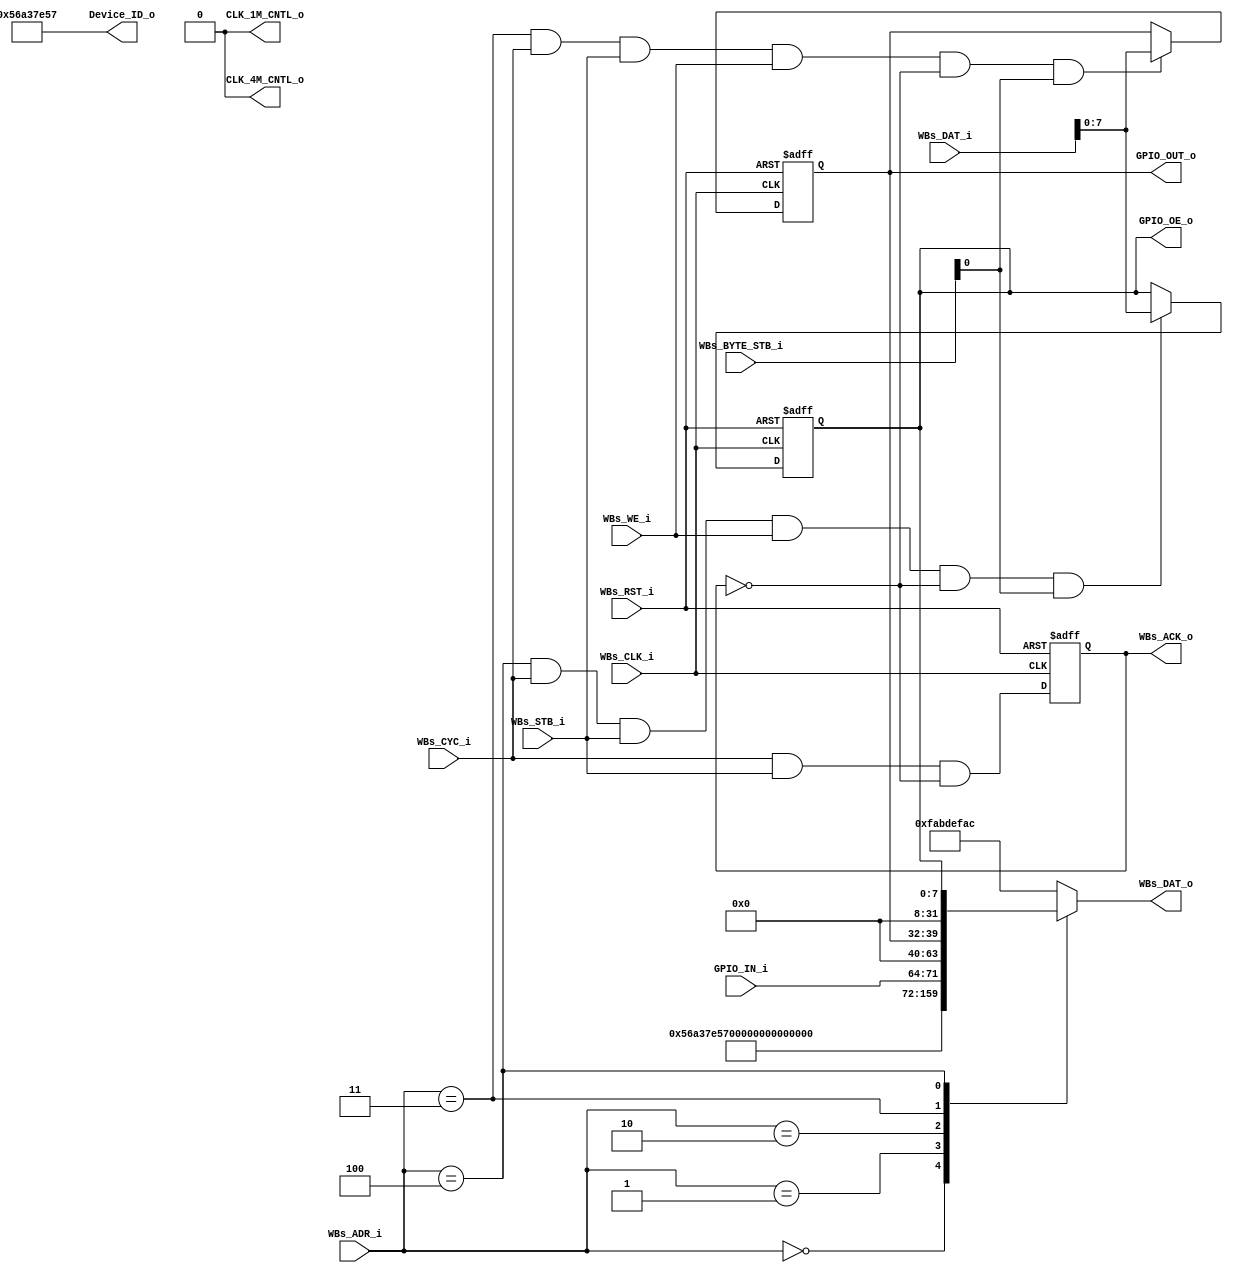
// -----------------------------------------------------------------------------
// title          : AL4S3B Example FPGA Register Module
// project        : Tamar2 Device
// -----------------------------------------------------------------------------
// company        : QuickLogic Corp
// last update    : 2020/05/27
// platform       : ArcticLink 4 S3B
// standard       : Verilog 2001
// -----------------------------------------------------------------------------
// description: The FPGA example IP design contains the essential logic for
//              interfacing the ASSP of the AL4S3B to registers and memory 
//              located in the programmable FPGA.
// -----------------------------------------------------------------------------
// copyright (c) 2016
// -----------------------------------------------------------------------------
// revisions  :
// date            version    author                  description
// 2020/05/27      1.0        Rakesh moolacheri     Initial Release
//
// -----------------------------------------------------------------------------
// Comments: This solution is specifically for use with the QuickLogic
//           AL4S3B device. 
// -----------------------------------------------------------------------------
//

`timescale 1ns / 10ps


module AL4S3B_FPGA_Registers ( 

                         // AHB-To_FPGA Bridge I/F
                         //
                         WBs_ADR_i,
                         WBs_CYC_i,
                         WBs_BYTE_STB_i,
                         WBs_WE_i,
                         WBs_STB_i,
                         WBs_DAT_i,
                         WBs_CLK_i,
                         WBs_RST_i,
                         WBs_DAT_o,
                         WBs_ACK_o,

                         //
                         // Misc
                         //
						 CLK_4M_CNTL_o,
						 CLK_1M_CNTL_o,
                         Device_ID_o,
						 	 
				         GPIO_IN_i,
				         GPIO_OUT_o,
				         GPIO_OE_o

                         );


//------Port Parameters----------------
//

parameter                ADDRWIDTH                   =   7  ;   // Allow for up to 128 registers in the FPGA
parameter                DATAWIDTH                   =  32  ;   // Allow for up to 128 registers in the FPGA

parameter                FPGA_REG_ID_VALUE_ADR     =  7'h0; 
parameter                FPGA_REV_NUM_ADR          =  7'h1; 
parameter                FPGA_GPIO_IN_REG_ADR      =  7'h2; 
parameter                FPGA_GPIO_OUT_REG_ADR     =  7'h3; 
parameter                FPGA_GPIO_OE_REG_ADR      =  7'h4; 

parameter                AL4S3B_DEVICE_ID            = 16'h0;
parameter                AL4S3B_REV_LEVEL            = 32'h0;
parameter                AL4S3B_GPIO_REG             = 8'h0;
parameter                AL4S3B_GPIO_OE_REG          = 8'h0;

parameter                AL4S3B_DEF_REG_VALUE        = 32'hFAB_DEF_AC;


//------Port Signals-------------------
//

// AHB-To_FPGA Bridge I/F
//
input   [ADDRWIDTH-1:0]  WBs_ADR_i     ;  // Address Bus                to   FPGA
input                    WBs_CYC_i     ;  // Cycle Chip Select          to   FPGA
input             [3:0]  WBs_BYTE_STB_i;  // Byte Select                to   FPGA
input                    WBs_WE_i      ;  // Write Enable               to   FPGA
input                    WBs_STB_i     ;  // Strobe Signal              to   FPGA
input   [DATAWIDTH-1:0]  WBs_DAT_i     ;  // Write Data Bus             to   FPGA
input                    WBs_CLK_i     ;  // FPGA Clock               from FPGA
input                    WBs_RST_i     ;  // FPGA Reset               to   FPGA
output  [DATAWIDTH-1:0]  WBs_DAT_o     ;  // Read Data Bus              from FPGA
output                   WBs_ACK_o     ;  // Transfer Cycle Acknowledge from FPGA

//
// Misc
//
output           [31:0]  Device_ID_o   ;

output 					 CLK_4M_CNTL_o;
output 					 CLK_1M_CNTL_o;

// GPIO
//
input            [7:0]  GPIO_IN_i     ;
output           [7:0]  GPIO_OUT_o    ;
output           [7:0]  GPIO_OE_o     ;



// FPGA Global Signals
//
wire                     WBs_CLK_i     ;  // Wishbone FPGA Clock
wire                     WBs_RST_i     ;  // Wishbone FPGA Reset

// Wishbone Bus Signals
//
wire    [ADDRWIDTH-1:0]  WBs_ADR_i     ;  // Wishbone Address Bus
wire                     WBs_CYC_i     ;  // Wishbone Client Cycle  Strobe (i.e. Chip Select)
wire              [3:0]  WBs_BYTE_STB_i;  // Wishbone Byte   Enables
wire                     WBs_WE_i      ;  // Wishbone Write  Enable Strobe
wire                     WBs_STB_i     ;  // Wishbone Transfer      Strobe
wire    [DATAWIDTH-1:0]  WBs_DAT_i     ;  // Wishbone Write  Data Bus
 
reg     [DATAWIDTH-1:0]  WBs_DAT_o     ;  // Wishbone Read   Data Bus

reg                      WBs_ACK_o     ;  // Wishbone Client Acknowledge

// Misc
//
wire               [31:0]  Device_ID_o   ;
wire               [15:0]  Rev_No        ;

// GPIO
//
wire             [7:0]  GPIO_IN_i     ;
reg              [7:0]  GPIO_OUT_o    ;
reg              [7:0]  GPIO_OE_o     ;

//------Define Parameters--------------
//

//
// None at this time
//

//------Internal Signals---------------
//
wire                     FB_GPIO_Reg_Wr_Dcd    ;
wire                     FB_GPIO_OE_Reg_Wr_Dcd ;

wire					 WBs_ACK_o_nxt;


//------Logic Operations---------------
//
assign CLK_4M_CNTL_o = 1'b0 ;
assign CLK_1M_CNTL_o = 1'b0 ;


// Define the FPGA's local register write enables
//
assign FB_GPIO_Reg_Wr_Dcd    = ( WBs_ADR_i == FPGA_GPIO_OUT_REG_ADR    ) & WBs_CYC_i & WBs_STB_i & WBs_WE_i   & (~WBs_ACK_o);
assign FB_GPIO_OE_Reg_Wr_Dcd = ( WBs_ADR_i == FPGA_GPIO_OE_REG_ADR     ) & WBs_CYC_i & WBs_STB_i & WBs_WE_i   & (~WBs_ACK_o);

// Define the Acknowledge back to the host for registers
//
assign WBs_ACK_o_nxt          =   WBs_CYC_i & WBs_STB_i & (~WBs_ACK_o);


// Define the FPGA's Local Registers
//
always @( posedge WBs_CLK_i or posedge WBs_RST_i)
begin
    if (WBs_RST_i)
    begin
        GPIO_OUT_o        <= AL4S3B_GPIO_REG     ;
        GPIO_OE_o         <= AL4S3B_GPIO_OE_REG  ;
        WBs_ACK_o         <=  1'b0               ;
    end  
    else
    begin
        // Define the GPIO Register 
        //
        if(FB_GPIO_Reg_Wr_Dcd    && WBs_BYTE_STB_i[0]) 
			GPIO_OUT_o[7:0]         <= WBs_DAT_i[7:0]  ;

        // Define the GPIO Control Register 
        //
        if(FB_GPIO_OE_Reg_Wr_Dcd && WBs_BYTE_STB_i[0])
			GPIO_OE_o[7:0]          <= WBs_DAT_i[7:0]  ;

        WBs_ACK_o                   <=  WBs_ACK_o_nxt  ;
    end  
end

// Define the how to read the local registers and memory
//
assign Device_ID_o = 32'h56A37E57 ;
assign Rev_No = 16'h100 ;
always @(
         WBs_ADR_i         or
         Device_ID_o       or
         Rev_No  		   or
         GPIO_IN_i         or
         GPIO_OUT_o        or
         GPIO_OE_o                
 )
 begin
    case(WBs_ADR_i[ADDRWIDTH-1:0])
    FPGA_REG_ID_VALUE_ADR     : WBs_DAT_o <= Device_ID_o;
    FPGA_REV_NUM_ADR          : WBs_DAT_o <= { 16'h0, Rev_No };  
    FPGA_GPIO_IN_REG_ADR      : WBs_DAT_o <= { 24'h0, GPIO_IN_i[7:0] };
    FPGA_GPIO_OUT_REG_ADR     : WBs_DAT_o <= { 24'h0, GPIO_OUT_o[7:0] };
    FPGA_GPIO_OE_REG_ADR      : WBs_DAT_o <= { 24'h0, GPIO_OE_o[7:0] };
	default                   : WBs_DAT_o <= AL4S3B_DEF_REG_VALUE;
	endcase
end

endmodule